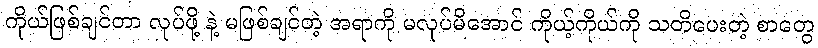
ကိုယ်ဖြစ်ချင်တာ လုပ်ဖို့ နဲ့ မဖြစ်ချင်တဲ့ အရာကို မလုပ်မိအောင် ကိုယ့်ကိုယ်ကို သတိပေးတဲ့ စာတွေ